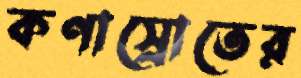
কণাস্রোতের